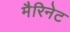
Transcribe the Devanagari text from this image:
मैरिनेट